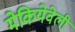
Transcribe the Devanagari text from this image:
मेकियेवेली